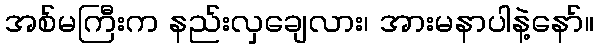
အစ်မကြီးက နည်းလှချေလား၊ အားမနာပါနဲ့နော်။